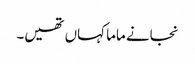
نجانے ماما کہاں تھیں۔